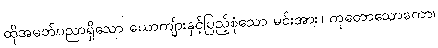
ထိုအမတ်ပညာရှိသော ယောကျ်ားနှင့်ပြည့်စုံသော မင်းအား။ ကုတောသောကော၊